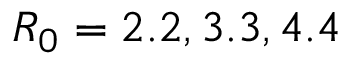
R _ { 0 } = 2 . 2 , 3 . 3 , 4 . 4